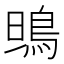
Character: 鴠